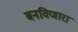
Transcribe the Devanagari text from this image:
बनविणारा